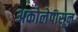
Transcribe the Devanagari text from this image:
अकोलेपासून